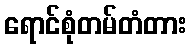
ရောင်စုံတမ်တံတား